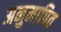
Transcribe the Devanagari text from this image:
अनुमापित